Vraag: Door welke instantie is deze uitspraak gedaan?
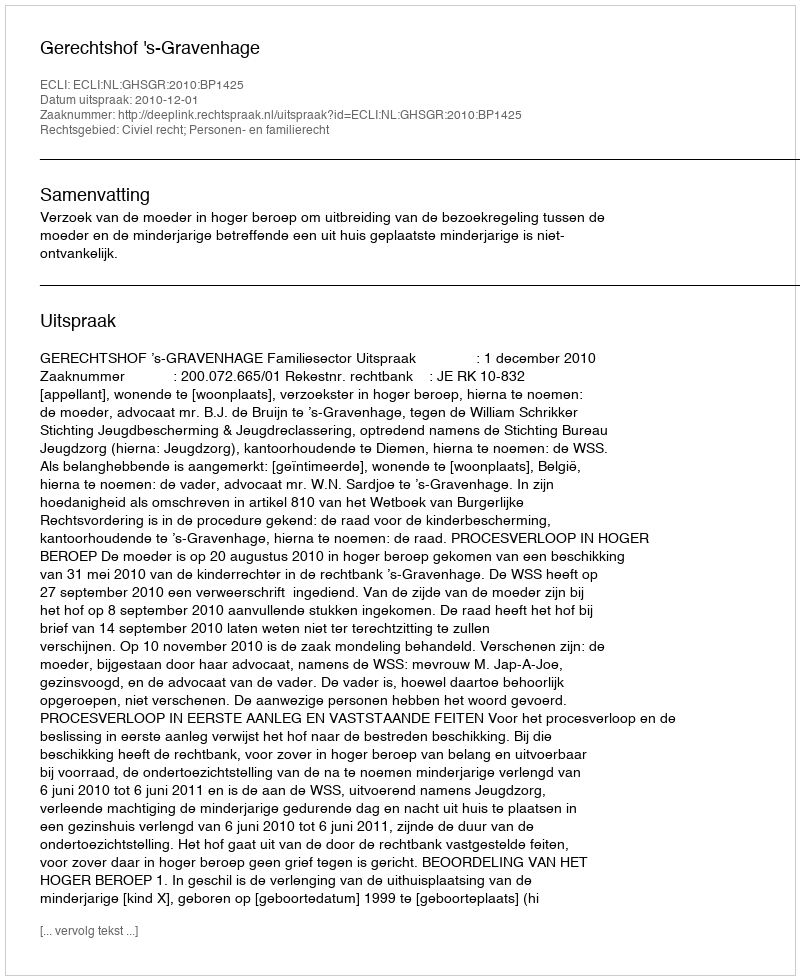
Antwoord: Gerechtshof 's-Gravenhage